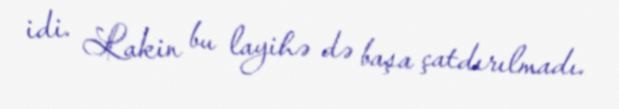
idi. Lakin bu layihə də başa çatdırılmadı.